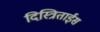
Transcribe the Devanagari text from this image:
दिस्त्रिताईस